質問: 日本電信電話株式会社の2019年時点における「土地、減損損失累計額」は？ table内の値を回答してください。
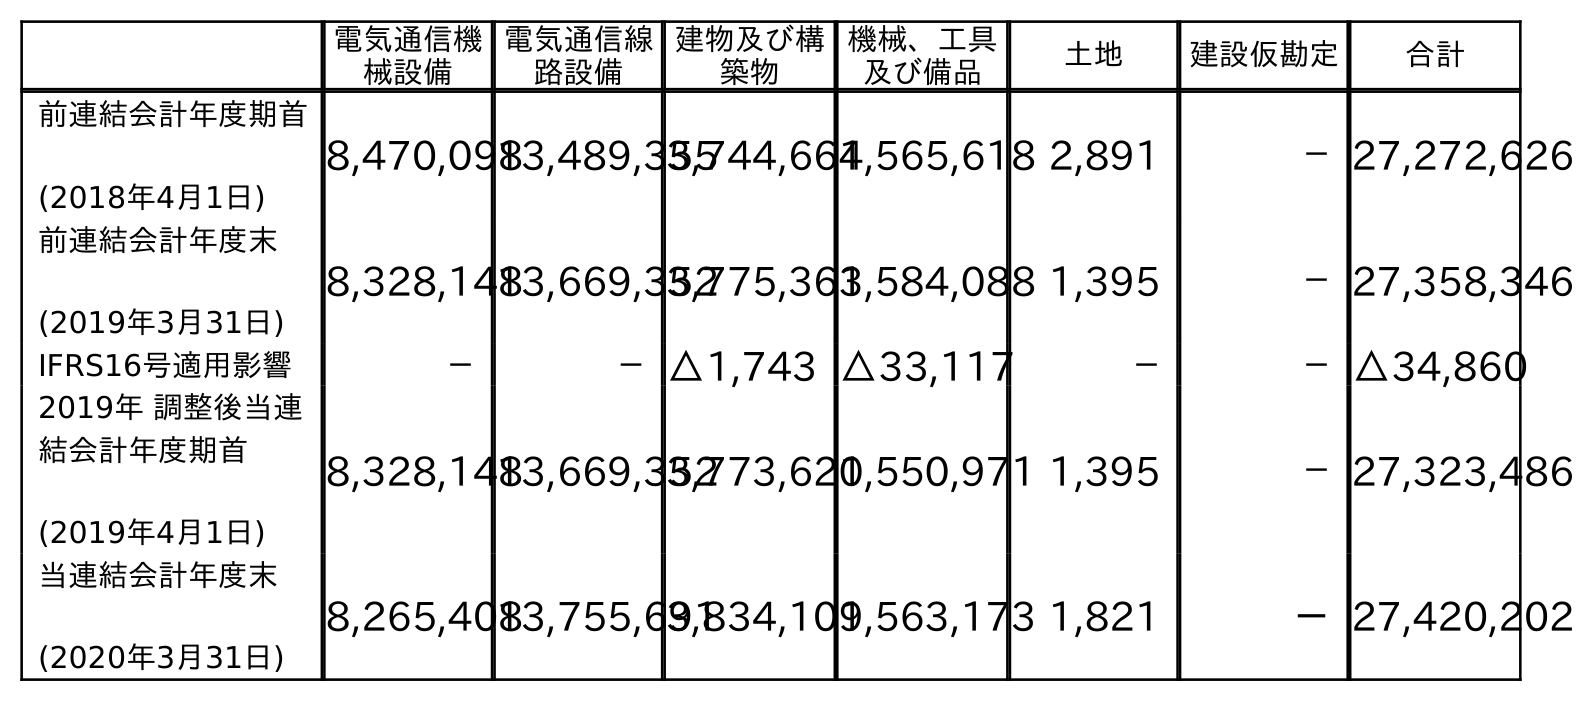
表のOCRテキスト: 電気通信機 械設備 電気通信線 路設備 建物及び構 築物 機械、工具 及び備品 土地 建設仮勘定 合計 前連結会計年度期首 (2018年4月1日) 8,470,09813,489,355 3,744,6641,565,618 2,891 －27,272,626 前連結会計年度末 (2019年3月31日) 8,328,14813,669,352 3,775,3631,584,088 1,395 －27,358,346 IFRS16号適用影響 － －△1,743 △33,117 － －△34,860 2019年 調整後当連 結会計年度期首 (2019年4月1日) 8,328,14813,669,352 3,773,6201,550,971 1,395 －27,323,486 当連結会計年度末 (2020年3月31日) 8,265,40813,755,691 3,834,1091,563,173 1,821 －27,420,202
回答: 1,395